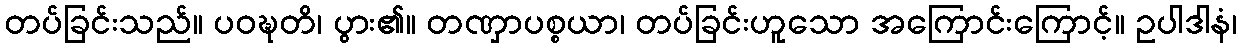
တပ်ခြင်းသည်။ ပဝဍ္ဎတိ၊ ပွား၏။ တဏှာပစ္စယာ၊ တပ်ခြင်းဟူသော အကြောင်းကြောင့်။ ဥပါဒါနံ၊